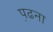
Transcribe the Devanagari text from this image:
प़ढना